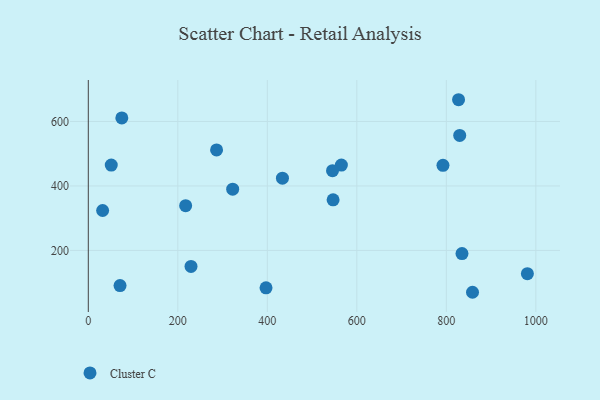
{"axis": {"x": "Engine Size", "y": "Salary"}, "legend": ["Cluster C"], "data": [{"x": "565.5", "y": 464.8, "type": "Cluster C"}, {"x": "858.5", "y": 70.2, "type": "Cluster C"}, {"x": "433.8", "y": 424.1, "type": "Cluster C"}, {"x": "322.6", "y": 390.1, "type": "Cluster C"}, {"x": "835.0", "y": 190.2, "type": "Cluster C"}, {"x": "286.6", "y": 511.6, "type": "Cluster C"}, {"x": "981.1", "y": 127.8, "type": "Cluster C"}, {"x": "397.1", "y": 84.0, "type": "Cluster C"}, {"x": "829.9", "y": 556.8, "type": "Cluster C"}, {"x": "545.7", "y": 447.4, "type": "Cluster C"}, {"x": "32.0", "y": 323.9, "type": "Cluster C"}, {"x": "229.5", "y": 150.3, "type": "Cluster C"}, {"x": "70.9", "y": 90.9, "type": "Cluster C"}, {"x": "547.0", "y": 356.9, "type": "Cluster C"}, {"x": "827.3", "y": 667.4, "type": "Cluster C"}, {"x": "51.3", "y": 464.6, "type": "Cluster C"}, {"x": "217.5", "y": 338.9, "type": "Cluster C"}, {"x": "74.9", "y": 610.9, "type": "Cluster C"}, {"x": "792.5", "y": 464.0, "type": "Cluster C"}]}